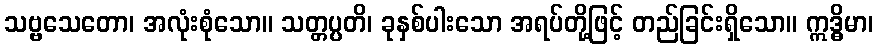
သဗ္ဗသေတော၊ အလုံးစုံသော။ သတ္တပ္ပတိ၊ ခုနှစ်ပါးသော အရပ်တို့ဖြင့် တည်ခြင်းရှိသော။ ဣဒ္ဓိမာ၊